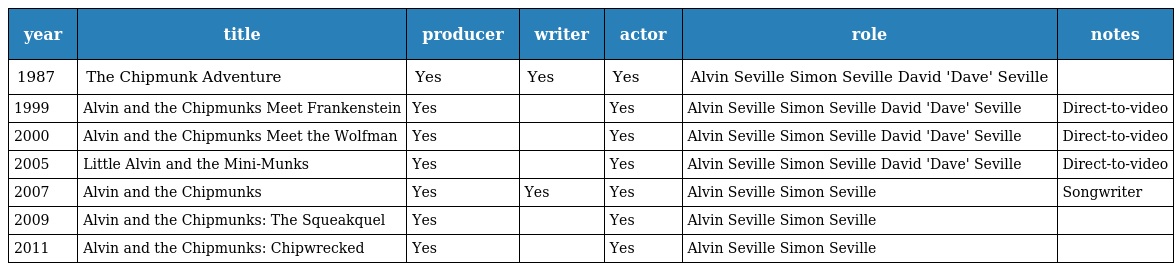
| year | title | producer | writer | actor | role | notes |
 | --- | --- | --- | --- | --- | --- | --- |
 | 1987 | The Chipmunk Adventure | Yes | Yes | Yes | Alvin Seville Simon Seville David 'Dave' Seville |  |
 | 1999 | Alvin and the Chipmunks Meet Frankenstein | Yes |  | Yes | Alvin Seville Simon Seville David 'Dave' Seville | Direct-to-video |
 | 2000 | Alvin and the Chipmunks Meet the Wolfman | Yes |  | Yes | Alvin Seville Simon Seville David 'Dave' Seville | Direct-to-video |
 | 2005 | Little Alvin and the Mini-Munks | Yes |  | Yes | Alvin Seville Simon Seville David 'Dave' Seville | Direct-to-video |
 | 2007 | Alvin and the Chipmunks | Yes | Yes | Yes | Alvin Seville Simon Seville | Songwriter |
 | 2009 | Alvin and the Chipmunks: The Squeakquel | Yes |  | Yes | Alvin Seville Simon Seville |  |
 | 2011 | Alvin and the Chipmunks: Chipwrecked | Yes |  | Yes | Alvin Seville Simon Seville |  |